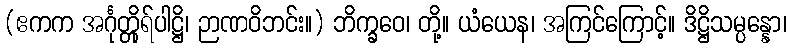
(ဧကက အင်္ဂုတ္တိုရ်ပါဋ္ဌိ၊ ဉာဏဝိဘင်း။) ဘိက္ခဝေ၊ တို့။ ယံယေန၊ အကြင်ကြောင့်။ ဒိဋ္ဌိသမ္ပန္နော၊